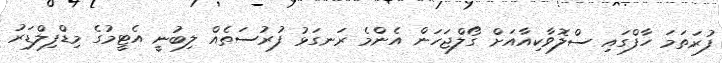
ފުރަތަމަ ހާފްގައި ސްލޮވާކިއާއަށް ގޯލްޖަހަން އެންމެ ރަނގަޅު ފުރުސަތެއް ލިބުނީ އެޓީމުގެ މިޑްފިލްޑަރު